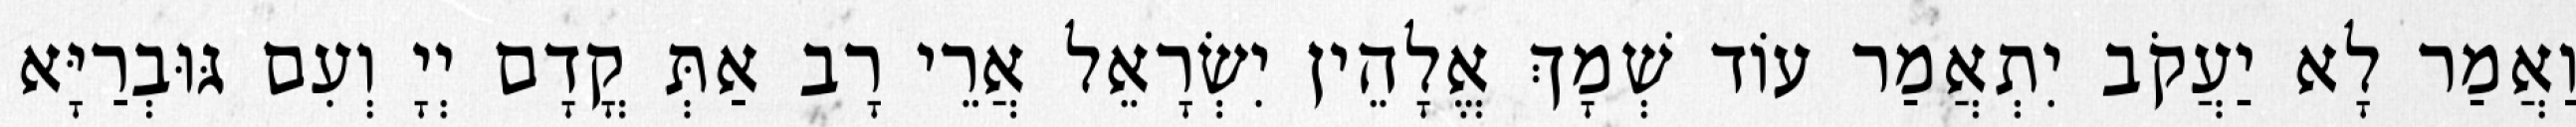
וַאֲמַר לָא יַעֲקֹב יִתְאֲמַר עוֹד שְׁמָךְ אֱלָהֵין יִשְׂרָאֵל אֲרֵי רָב אַתְּ קֳדָם יְיָ וְעִם גּוּבְרַיָּא